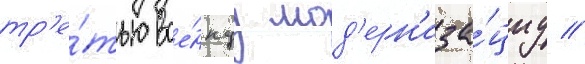
тр'е́тью вое́ннуу мод'ерн'иза́циу //